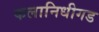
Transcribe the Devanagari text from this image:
कलानिधीगड